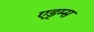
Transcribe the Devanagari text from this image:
एड्म्स